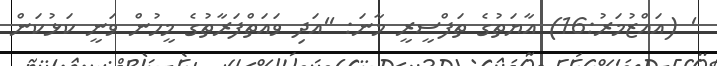
' (އައްޒުމަރު:16) އާޔަތުގެ ތަފްސީރީ މާނަ: ''އަދި ވައަތްފަރާތުގެ މީހުން ވަނީ ކަޅުކަން